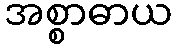
အစ္စာဓာယ